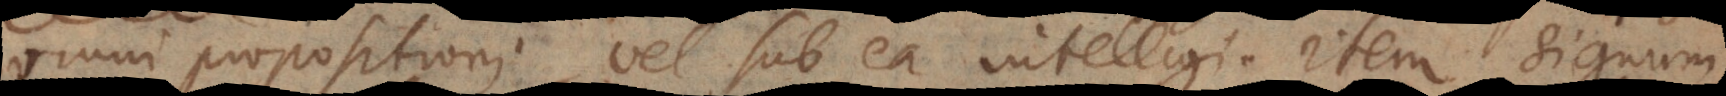
omni propositioni, vel sub ea intelligi. Item signum